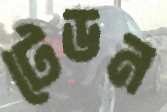
টেডন